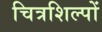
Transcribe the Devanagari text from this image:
चित्रशिल्पों